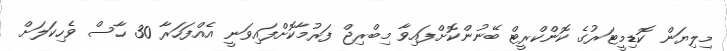
މިލިޔަން ކޮޑިމީޓަރުގެ ކޮންކްރީޓް ބޭނުންކޮށްފައިވާ މިބްރިޖް ފަރުމާކޮށްފައިވަނީ އެއްފަހަރާ 30 ހާސް ވެހިކަލަށް